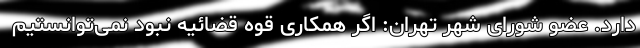
دارد. عضو شورای شهر تهران: اگر همکاری قوه قضائیه نبود نمی‌توانستیم